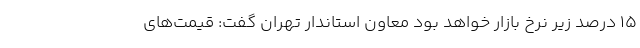
۱۵ درصد زیر نرخ بازار خواهد بود معاون استاندار تهران گفت: قیمت‌های